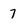
Character: 7